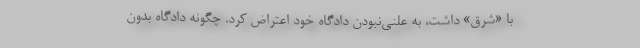
با «شرق» داشت، به علنی‌نبودن دادگاه خود اعتراض کرد. چگونه دادگاه بدون